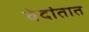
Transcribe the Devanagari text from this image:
वेदांतात